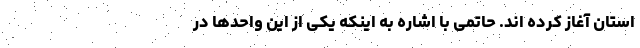
استان آغاز کرده اند. حاتمی با اشاره به اینکه یکی از این واحدها در